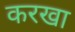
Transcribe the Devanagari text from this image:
करखा